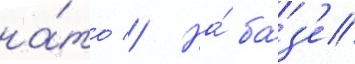
на́то // На́ ба́з'е